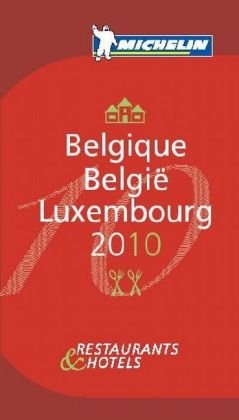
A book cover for Belgique Luxembourg 2010 (Michelin Guides); Travel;